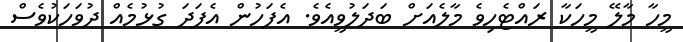
މީހާ މާލޭ މީހަކާ ރައްޓެހިވެ މާލެއަށް ބަދަލުވީއެވެ. އެފަހުން އެފަދަ ގުޅުމެއް ދުވަހަކުވެސް